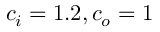
c _ { i } = 1 . 2 , c _ { o } = 1